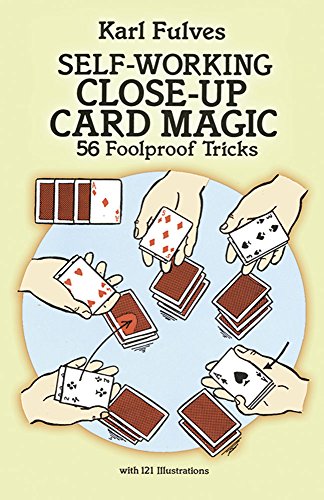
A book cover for Self-Working Close-Up Card Magic: 56 Foolproof Tricks (Dover Magic Books); Karl Fulves; Humor & Entertainment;